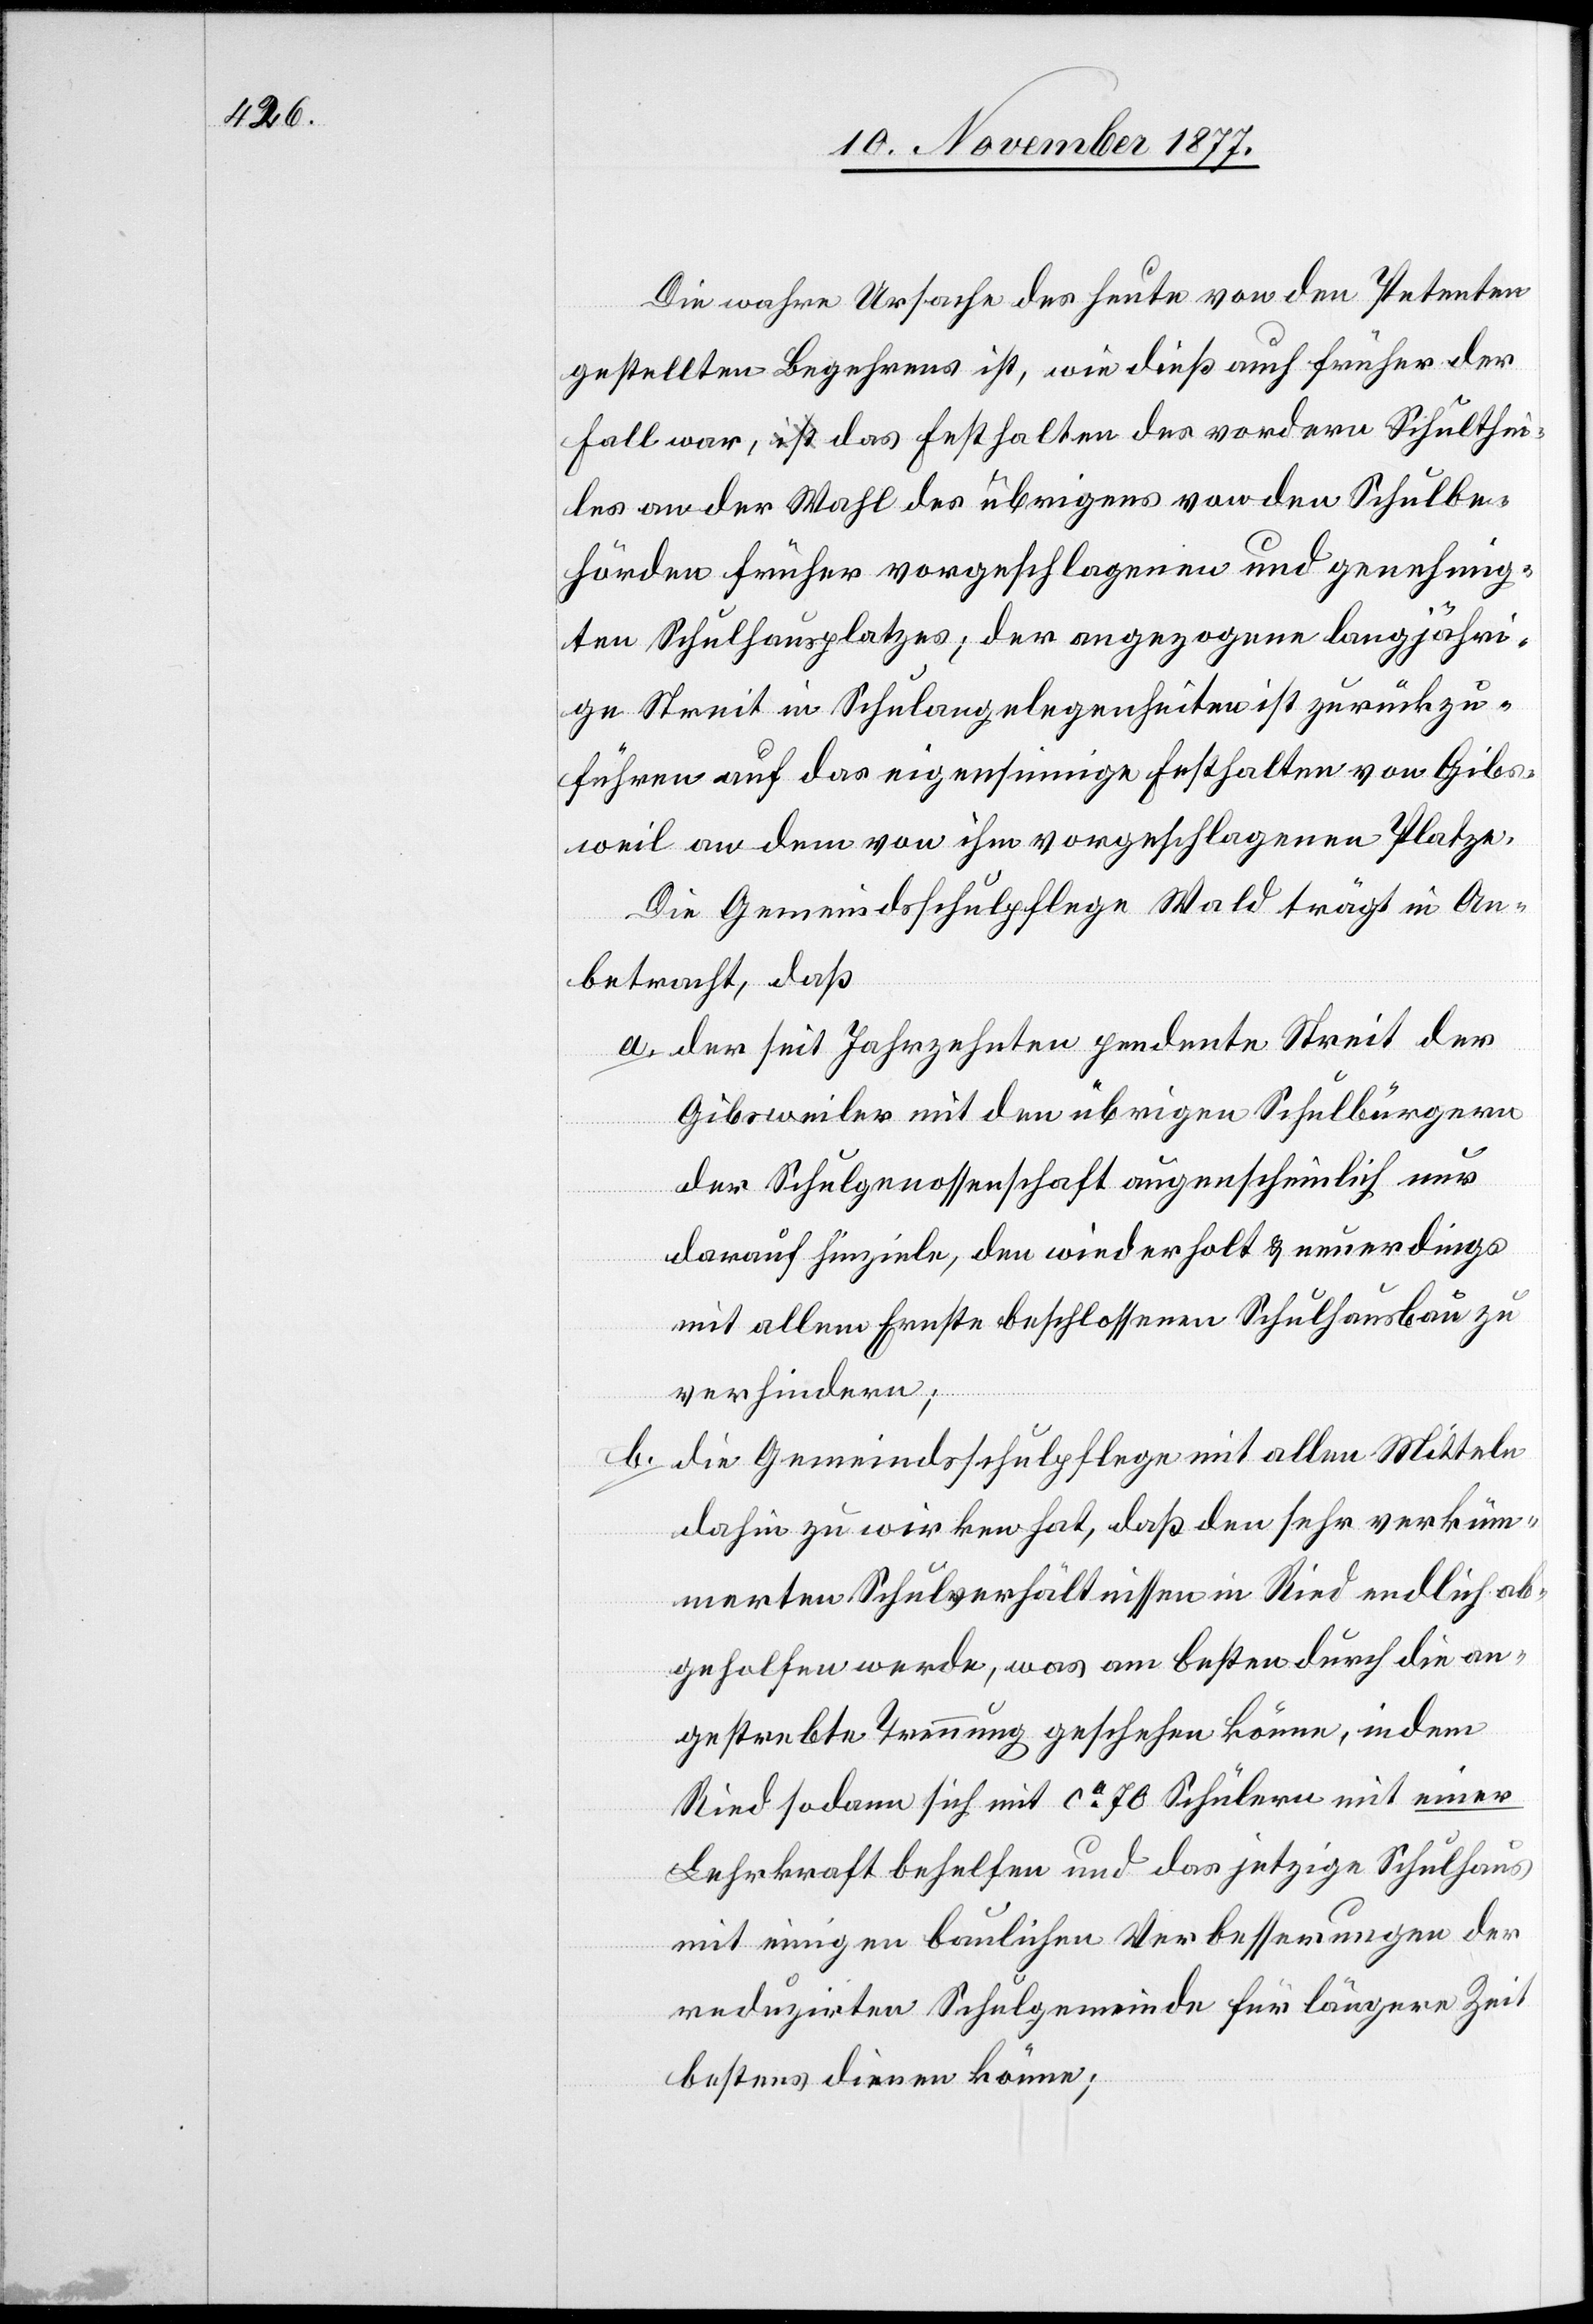
Die wahre Ursache des heute von den Petenten
gestellten Begehrens ist, wie dieß auch früher der
Fall war, a-ist-a das Festhalten des vordern Schulthei¬
les an der Wahl des übrigens von den Schulbe¬
hörden früher vorgeschlagenen und genehmig¬
ten Schulhausplatzes; der angezogene langjähri¬
ge Streit in Schulangelegenheiten ist zurückzu¬
führen auf das eigensinnige Festhalten von Gibs¬
weil an dem von ihm vorgeschlagenen Platze.
Die Gemeindsschulpflege Wald trägt in An¬
betracht, daß
der seit Jahrzehnten pendente Streit der
Gibsweiler mit den übrigen Schulbürgern
der Schulgenossenschaft augenscheinlich nur
darauf hinziele, den wiederholt & neuerdings
mit allem Ernste beschlossenen Schulhausbau zu
verhindern;
die Gemeindsschulpflege mit allen Mitteln
b.
dahin zu wirken hat, daß den sehr verküm¬
merten Schulverhältnissen in Ried endlich ab¬
geholfen werde, was am besten durch die an¬
gestrebte Trennung geschehen könne, indem
Ried sodann sich mit ca 70 Schülern mit einer
Lehrkraft beherlfen und das jetzige Schulhaus
mit einigen baulichen Verbesserungen der
reduzirten Schulgemeinde für längere Zeit
bestens dienen könne;